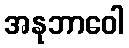
အနုဘာဝေါ